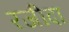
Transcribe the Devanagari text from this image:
रजीदा